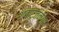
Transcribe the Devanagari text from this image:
श्वार्जने़गर